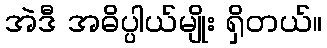
အဲဒီ အဓိပ္ပါယ်မျိုး ရှိတယ်။